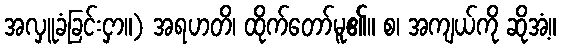
အလှူခံခြင်းငှာ။) အရဟတိ၊ ထိုက်တော်မူ၏။ စ၊ အကျယ်ကို ဆိုအံ့။